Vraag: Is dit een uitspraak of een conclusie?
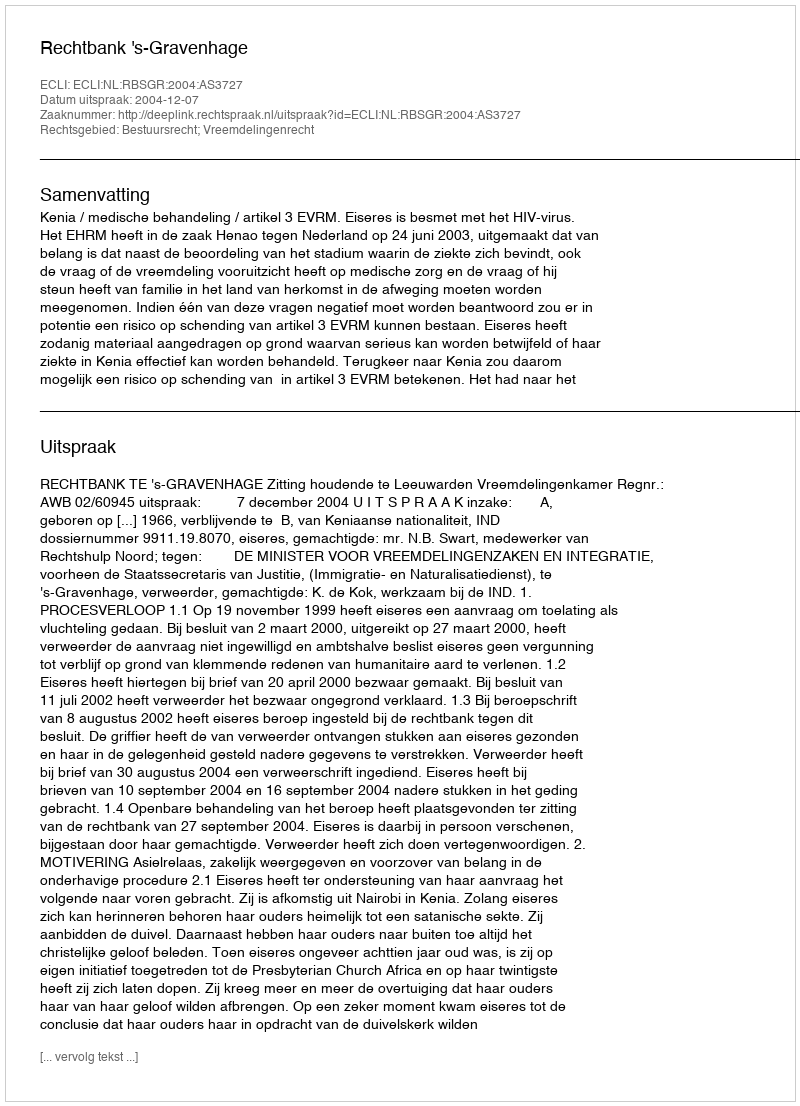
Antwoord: Uitspraak